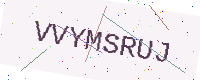
Text: VVYMSRUJ